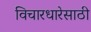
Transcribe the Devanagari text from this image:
विचारधारेसाठी